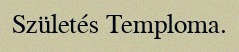
Születés Temploma.